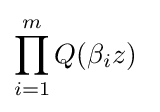
\prod _{i=1}^{m}Q(\beta _{i}z)\